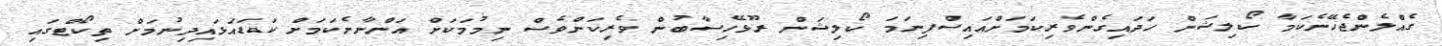
ގެއްލެންޖެހޭނެކަމާ ކޯލިޝަން ހަދައިގެންވެރިކަމަށްއައިސްފިނަމަ ކޯލިޝަން ރޫޅޭހިސާބުން ވެރިކަންވެސް ނިމުމަކަށް އަންނާނެކަމަށް ކަޑައަޅައިދިނުމަށް ތިކޯޓްގައި